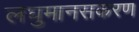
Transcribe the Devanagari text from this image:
लघुमानसकरण